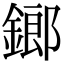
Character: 鎯